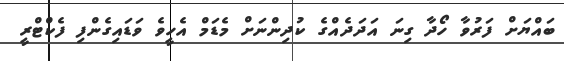
ބައްޔަށް ފަރުވާ ހޯދާ ގިނަ އަދަދެއްގެ ކުދިންނަށް މެޑަމް އެހީވެ ވަޑައިގެންފި ފެކްޓްރީ